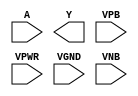
/**
 * Copyright 2020 The SkyWater PDK Authors
 *
 * Licensed under the Apache License, Version 2.0 (the "License");
 * you may not use this file except in compliance with the License.
 * You may obtain a copy of the License at
 *
 *     https://www.apache.org/licenses/LICENSE-2.0
 *
 * Unless required by applicable law or agreed to in writing, software
 * distributed under the License is distributed on an "AS IS" BASIS,
 * WITHOUT WARRANTIES OR CONDITIONS OF ANY KIND, either express or implied.
 * See the License for the specific language governing permissions and
 * limitations under the License.
 *
 * SPDX-License-Identifier: Apache-2.0
 */

`ifndef SKY130_FD_SC_LS__CLKDLYINV5SD1_PP_SYMBOL_V
`define SKY130_FD_SC_LS__CLKDLYINV5SD1_PP_SYMBOL_V

/**
 * clkdlyinv5sd1: Clock Delay Inverter 5-stage 0.15um length inner
 *                stage gate.
 *
 * Verilog stub (with power pins) for graphical symbol definition
 * generation.
 *
 * WARNING: This file is autogenerated, do not modify directly!
 */

`timescale 1ns / 1ps
`default_nettype none

(* blackbox *)
module sky130_fd_sc_ls__clkdlyinv5sd1 (
    //# {{data|Data Signals}}
    input  A   ,
    output Y   ,

    //# {{power|Power}}
    input  VPB ,
    input  VPWR,
    input  VGND,
    input  VNB
);
endmodule

`default_nettype wire
`endif  // SKY130_FD_SC_LS__CLKDLYINV5SD1_PP_SYMBOL_V